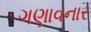
ગણાવનાર